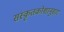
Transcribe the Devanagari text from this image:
संस्कृतकोशानुसार